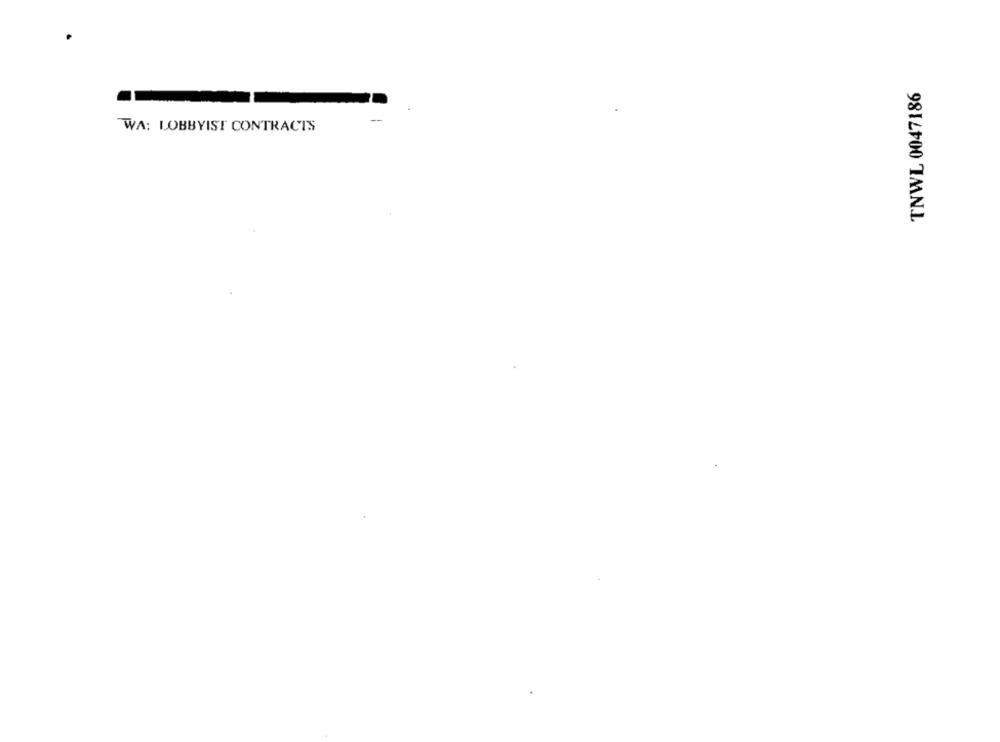
TNWL 0047186
WA: LOBBYIST CONTRACTS